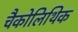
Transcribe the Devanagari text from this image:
चैकोलिथिक